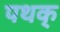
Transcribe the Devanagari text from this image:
पथक्